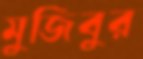
মুজিবুর